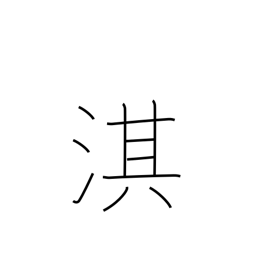
Meaning: name of a Chinese river